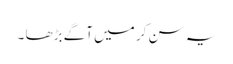
یہ سن کر میں آگے بڑھا ۔